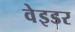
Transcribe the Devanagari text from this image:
वेइडर